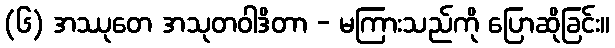
(၆) အဿုတေ အသုတဝါဒိတာ - မကြားသည်ကို ပြောဆိုခြင်း။